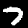
Label: 7